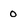
Character: o